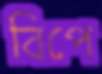
বিপে